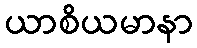
ယာစိယမာနာ